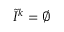
\tilde { I } ^ { k } = \emptyset